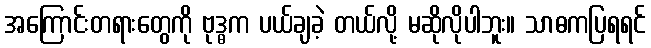
အကြောင်းတရားတွေကို ဗုဒ္ဓက ပယ်ချခဲ့ တယ်လို့ မဆိုလိုပါဘူး။ သာဓကပြရရင်